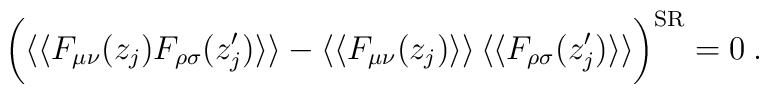
\bigg( \langle\langle F_{\mu\nu}(z_j) F_{\rho\sigma}(z_j^{\prime})\rangle\rangle - \langle\langle F_{\mu\nu}(z_j) \rangle\rangle \,\langle\langle F_{\rho\sigma}(z_j^{\prime}) \rangle\rangle\bigg)^{{\rm SR}} = 0 \> .